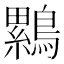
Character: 𮭒